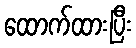
ထောက်ထားပြီး